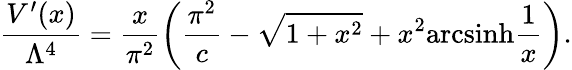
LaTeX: \frac{V^{\prime}(x)}{\Lambda^{4}}=\frac{x}{\pi^{2}}\left(\frac{\pi^{2}}{c}-\sqrt{1+x^{2}}+x^{2}\mathrm{arcsinh}\frac{1}{x}\right).